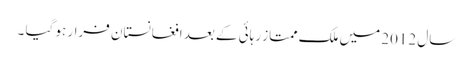
سال 2012 میں ملک ممتاز رہائی کے بعد افغانستان فرار ہو گیا ۔